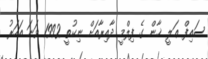
ސައިފް ޢަލީ ޚާން ގެ ފިލްމީ ދާއިރާއަށް ނިކުތީ 1992 ވަނަ އަހަރު